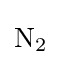
{\mathrm {N} {\vphantom {A}}_{\smash[{t}]{2}}}